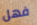
فهل